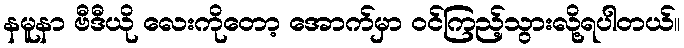
နမူနာ ဗီဒီယို လေးကိုတော့ အောက်မှာ ဝင်ကြည့်သွားလို့ရပါတယ်။